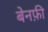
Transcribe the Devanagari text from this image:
बेनफ़ी